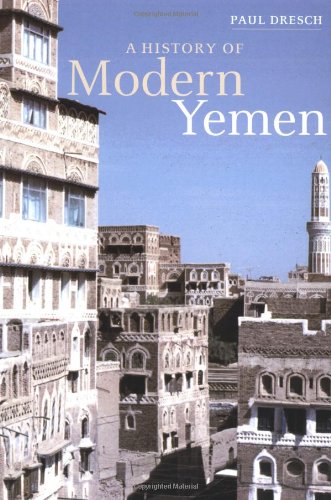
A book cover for A History of Modern Yemen; Paul Dresch; History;